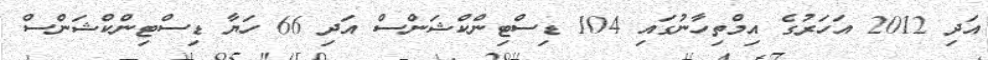
އަދި 2012 އަހަރުގެ އިމްތިހާނުގައި 104 ޑިސްޓިންކްޝަންސް އަދި 66 ހަޔާ ޑިސްޓިންކްޝަންސް